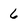
Character: 6